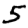
Digit: 5